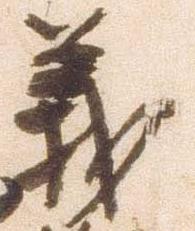
義